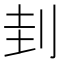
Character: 刲